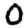
Digit: 0